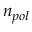
n _ { p o l }